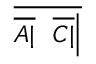
\overline { { { \overline { { A | } } } \ \ { \overline { { C | } } } { \Big | } } }